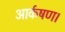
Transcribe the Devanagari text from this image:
आर्कषण।